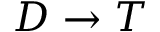
D \rightarrow T